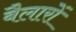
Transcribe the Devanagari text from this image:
बैलारों